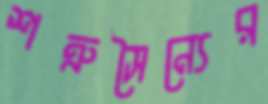
শত্রুসৈন্যের